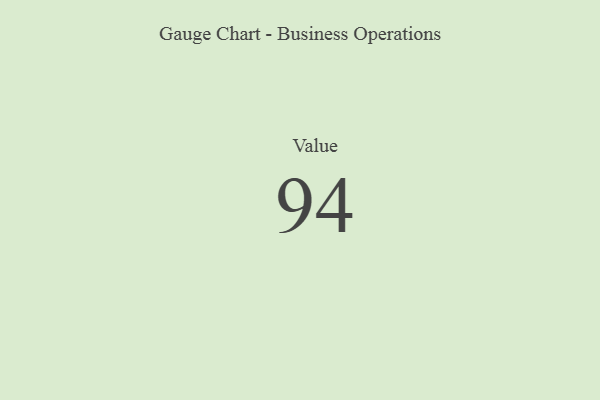
{"axis": {"x": "Metric", "y": "Value"}, "legend": [""], "data": [{"x": "Value", "y": 94, "type": ""}]}